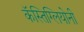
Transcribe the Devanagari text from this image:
कॅस्तिग्लियोनी